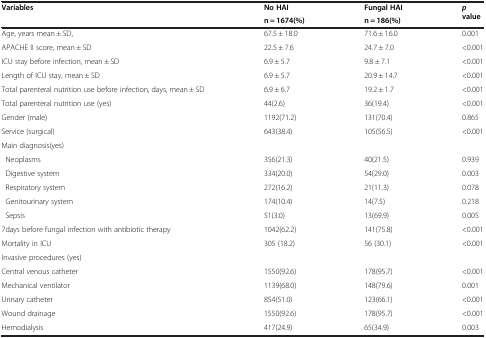
| <ROWSPAN=2> Variables | No HAI | Fungal HAI | <ROWSPAN=2> p value |
 | n = 1674(%) | n = 186(%) |
 | --- | --- | --- | --- |
 | Age, years mean ± SD, | 67.5 ± 18.0 | 71.6 ± 16.0 | 0.001 |
 | APACHE II score, mean ± SD | 22.5 ± 7.6 | 24.7 ± 7.0 | <0.001 |
 | ICU stay before infection, mean ± SD | 6.9 ± 5.7 | 9.8 ± 7.1 | <0.001 |
 | Length of ICU stay, mean ± SD | 6.9 ± 5.7 | 20.9 ± 14.7 | <0.001 |
 | Total parenteral nutrition use before infection, days, mean ± SD | 6.9 ± 6.7 | 19.2 ± 1.7 | <0.001 |
 | Total parenteral nutrition use (yes) | 44(2.6) | 36(19.4) | <0.001 |
 | Gender (male) | 1192(71.2) | 131(70.4) | 0.865 |
 | Service (surgical) | 643(38.4) | 105(56.5) | <0.001 |
 | Main diagnosis(yes) |  |  |  |
 | Neoplasms | 356(21.3) | 40(21.5) | 0.939 |
 | Digestive system | 334(20.0) | 54(29.0) | 0.003 |
 | Respiratory system | 272(16.2) | 21(11.3) | 0.078 |
 | Genitourinary system | 174(10.4) | 14(7.5) | 0.218 |
 | Sepsis | 51(3.0) | 13(69.9) | 0.005 |
 | 7days before fungal infection with antibiotic therapy | 1042(62.2) | 141(75.8) | <0.001 |
 | Mortality in ICU | 305 (18.2) | 56 (30.1) | <0.001 |
 | Invasive procedures (yes) |  |  |  |
 | Central venous catheter | 1550(92.6) | 178(95.7) | <0.001 |
 | Mechanical ventilator | 1139(68.0) | 148(79.6) | 0.001 |
 | Urinary catheter | 854(51.0) | 123(66.1) | <0.001 |
 | Wound drainage | 1550(92.6) | 178(95.7) | <0.001 |
 | Hemodialysis | 417(24.9) | 65(34.9) | 0.003 |